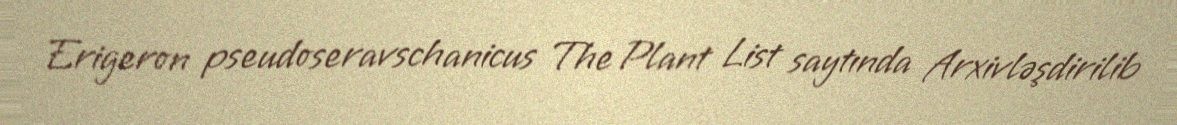
Erigeron pseudoseravschanicus The Plant List saytında Arxivləşdirilib